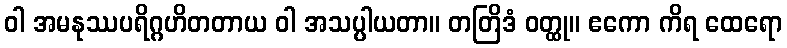
ဝါ အမနုဿပရိဂ္ဂဟိတတာယ ဝါ အသပ္ပါယတာ။ တတြိဒံ ဝတ္ထု။ ဧကော ကိရ ထေရော